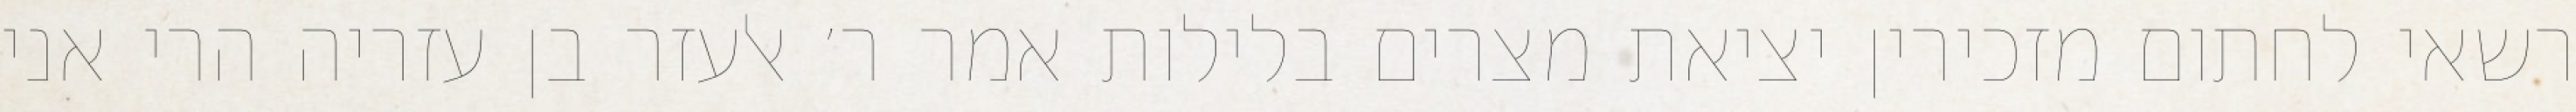
רשאי לחתום מזכירין יציאת מצרים בלילות אמר ר׳ אלעזר בן עזריה הרי אני